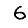
Digit: 6